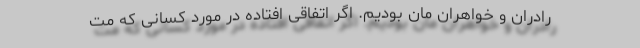
رادران و خواهران مان بودیم. اگر اتفاقی افتاده در مورد کسانی که مت